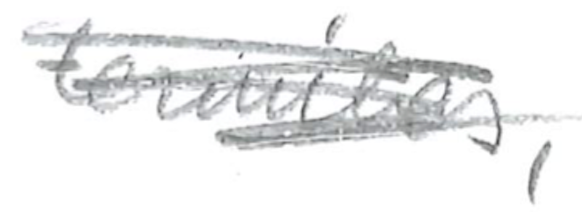
Text: termites,
Cross-out: mix
Writing tool: pencil